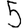
Digit: 5